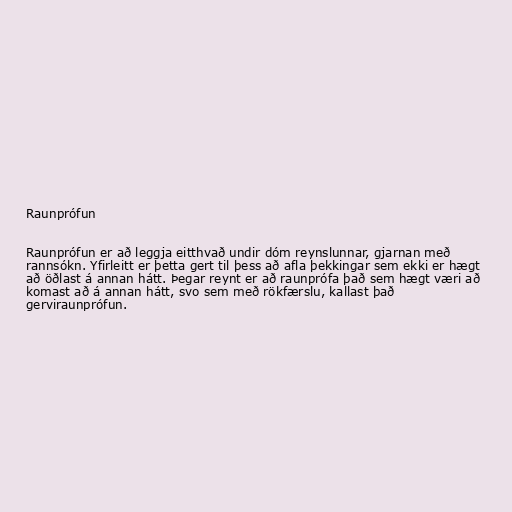
Raunprófun

Raunprófun er að leggja eitthvað undir dóm reynslunnar, gjarnan með
rannsókn. Yfirleitt er þetta gert til þess að afla þekkingar sem ekki er hægt
að öðlast á annan hátt. Þegar reynt er að raunprófa það sem hægt væri að
komast að á annan hátt, svo sem með rökfærslu, kallast það
gerviraunprófun.